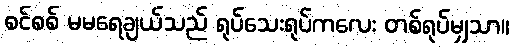
စင်စစ် မမရေချယ်သည် ရုပ်သေးရုပ်ကလေး တစ်ရုပ်မျှသာ။